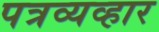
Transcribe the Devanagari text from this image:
पत्रव्यव्हार